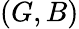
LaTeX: (G,B)